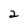
Character: 2